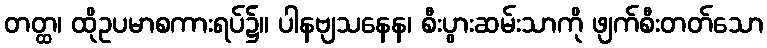
တတ္ထ၊ ထိုဥပမာစကားရပ်၌။ ပါနဗျသနေန၊ စီးပွားဆမ်းသာကို ဖျက်စီးတတ်သော